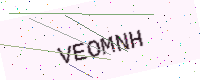
Text: VEOMNH